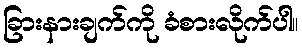
ခြားနားချက်ကို ခံစားလိုက်ပါ။